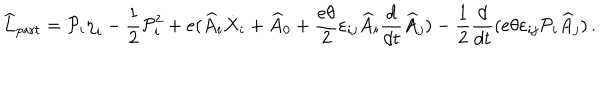
LaTeX: \widehat { L } _ { \mathrm { p a r t } } = { \cal P } _ { i } \dot { \eta } _ { i } - \frac { 1 } { 2 } { \cal P } _ { i } ^ { 2 } + e ( \widehat { A } _ { i } \dot { X } _ { i } + \widehat { A } _ { 0 } + \frac { e \theta } { 2 } \varepsilon _ { i j } \widehat { A } _ { i } \frac { d } { d t } \widehat { A } _ { j } ) - \frac { 1 } { 2 } \frac { d } { d t } ( e \theta \varepsilon _ { i j } { \cal P } _ { i } \widehat { A } _ { j } ) \, .